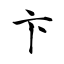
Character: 卞